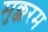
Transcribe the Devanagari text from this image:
मुक्करम